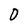
Character: D